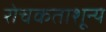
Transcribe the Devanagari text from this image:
रोचकताशून्य